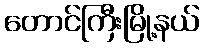
တောင်ကြီးမြို့နယ်